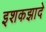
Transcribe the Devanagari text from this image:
इशकझादे